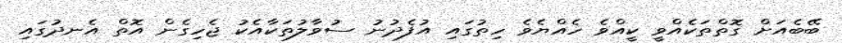
ބޭބެއަށް ގޮތްތަކެއްވީ ކީއްވެ ހެއްޔެވެ ހިތުގައި އުފެދުނު ސުވާލުތަކާއެކު ޖެހިގެން އޮތް އެނދުގައި